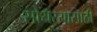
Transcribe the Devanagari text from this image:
सोयर्‍यासाठी